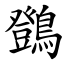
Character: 䳾